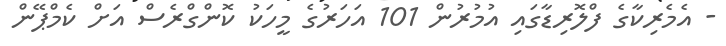
- އެމެރިކާގެ ފްލޮރިޑާގައި އުމުރުން 101 އަހަރުގެ މީހަކު ކޮންގްރެސް އަށް ކެމްޕޭން